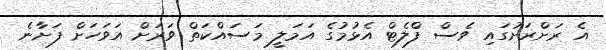
އެ ރަށްރަށުގައި ވެސް ފްލެޓް އެޅުމުގެ އަމަލީ މަސައްކަތް ވަރަށް އަވަހަށް ފަށާނެ